Leaving Certificate Examination (including Day School Certificate (Higher) General paper), 1929
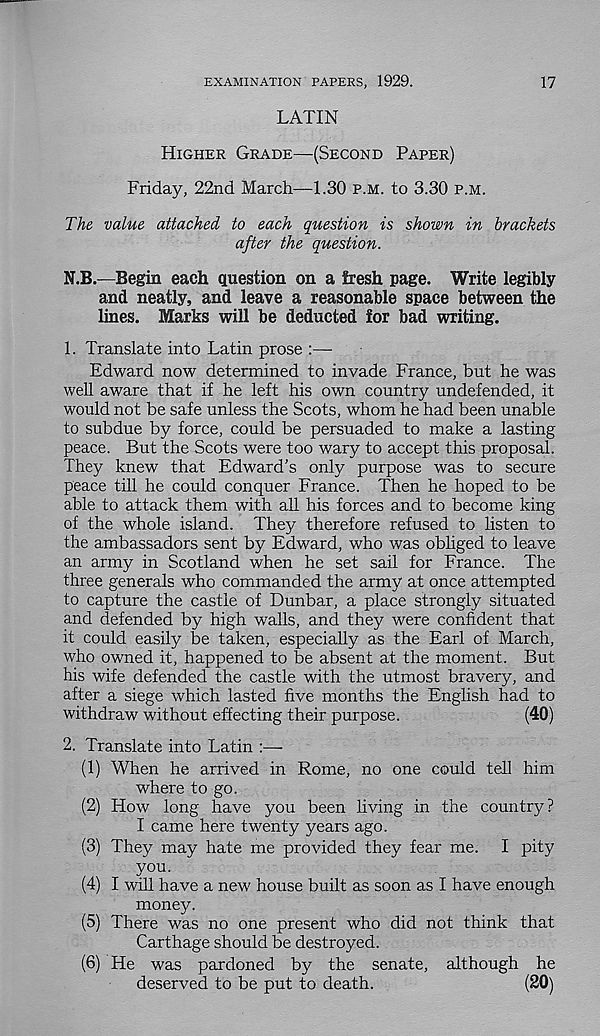
EXAMINATION PAPERS, 1929.
LATIN
17
HIGHER GRADE—(SECOND PAPER)
Friday, 22nd March—1.30 P.M. to 3.30 P.M.
The value attached to each question is shown in brackets
after the question.
N.B.—Begin each question on a fresh page. Write legibly
and neatly, and leave a reasonable space between the
lines. Marks will be deducted for bad writing.
1. Translate into Latin prose :—•
Edward now determined to invade France, but he was
well aware that if he left his own country undefended, it
would not be safe unless the Scots, whom he had been unable
to subdue by force, could be persuaded to make a lasting
peace. But the Scots were too wary to accept this proposal.
They knew that Edward’s only purpose was to secure
peace till he could conquer France. Then he hoped to be
able to attack them with all his forces and to become king
of the whole island. They therefore refused to listen to
the ambassadors sent by Edward, who was obliged to leave
an army in Scotland when he set sail for France. The
three generals who commanded the army at once attempted
to capture the castle of Dunbar, a place strongly situated
and defended by high walls, and they were confident that
it could easily be taken, especially as the Earl of March,
who owned it, happened to be absent at the moment. But
his wife defended the castle with the utmost bravery, and
after a siege which lasted five months the English had to
withdraw without effecting their purpose.
(40)
2. Translate into Latin :—-
(1) When he arrived in Rome, no one could tell him
where to go.
(2) How long have you been living in the country?
I came here twenty years ago.
(3) They may hate me provided they fear me. I pity
you.
(4) I will have a new house built as soon as I have enough
money.
(5) There was no one present who did not think that
Carthage should be destroyed.
(6) He was pardoned by the senate, although he
deserved to be put to death.
(20)